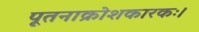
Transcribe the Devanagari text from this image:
पूतनाक्रोशकारकः।